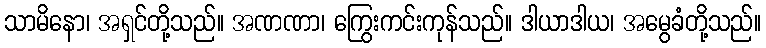
သာမိနော၊ အရှင်တို့သည်။ အဏဏာ၊ ကြွေးကင်းကုန်သည်။ ဒါယာဒါယ၊ အမွေခံတို့သည်။